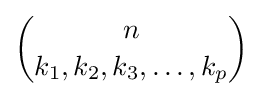
{n \choose k_{1},k_{2},k_{3},\dots ,k_{p}}